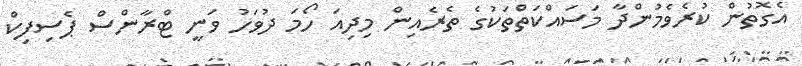
އެގޮތުން ކުރެވެމުންދާ މަސައްކަތްތަކުގެ ތެރެއިން މިދިއަ ހޯމަ ދުވަހު ވަނީ ޓްރާންސް ޕެސިފިކް